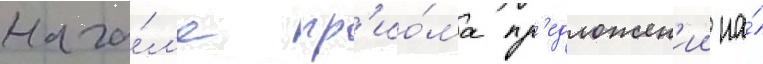
нача́л'е пр'ио́ма пр'едложен'ии на́